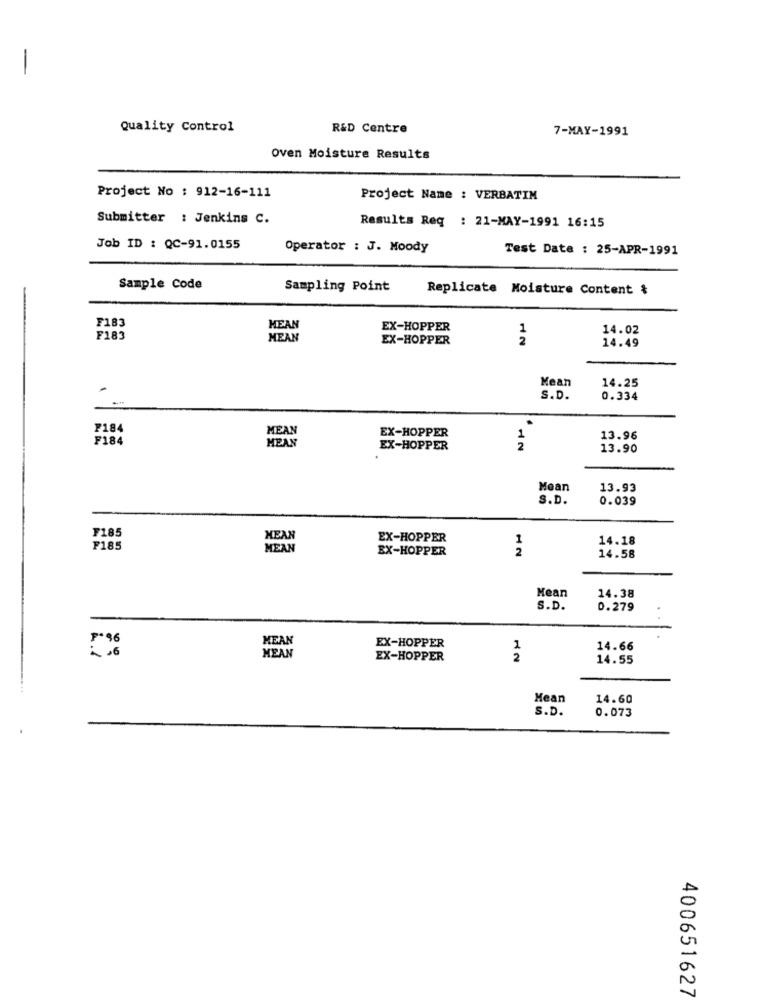
-
Quality Control
R&D Centre
7-MAY-1991
oven Moisture Results
Project No : 912-16-111
Project Name : VERBATIM
Submitter : Jenkins C.
Results Req : 21-MAY-1991 16:15
Job ID : QC-91.0155
Operator : J. Moody
Test Date : 25-APR-1991
Sample Code
Sampling Point
Replicate Moisture Content &
F183
MEAN
EX-HOPPER
14.02
F183
MEAN
EX-HOPPER
2
14.49
Mean
14.25
S.D.
0.334
F184
MEAN
EX-HOPPER
F184
1
13.96
HEAN
EX-HOPPER
2
13.90
Mean
13.93
S.D.
0.039
F185
MEAN
EX-HOPPER
1
14.18
F185
MEAN
EX-HOPPER
2
14.58
Mean
14.38
S.D.
0.279
₱* 96
MEAN
EX-HOPPER
1
14.66
,6
MEAN
EX-HOPPER
2
14.55
Mean
14.60
S.D.
0.073
400651627